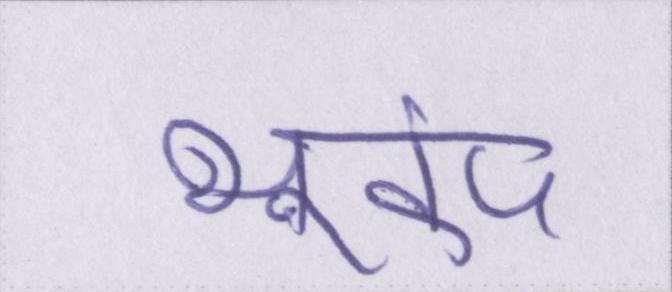
भूकंप